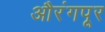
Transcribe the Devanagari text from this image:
औरंगपूर